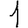
Digit: 1